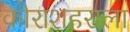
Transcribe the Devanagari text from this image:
कोराशहराला